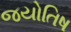
જયોતિષ